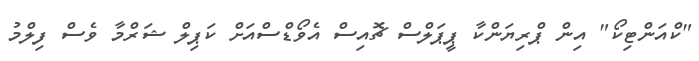
"ކްއަންޓިކޯ" އިން ޕްރިޔަންކާ ޕީޕަލްސް ޗޮއިސް އެވޯޑްސްއަށް ކަޕިލް ޝަރްމާ ވެސް ފިލްމު